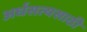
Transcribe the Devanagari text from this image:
अर्धसत्यसाठी